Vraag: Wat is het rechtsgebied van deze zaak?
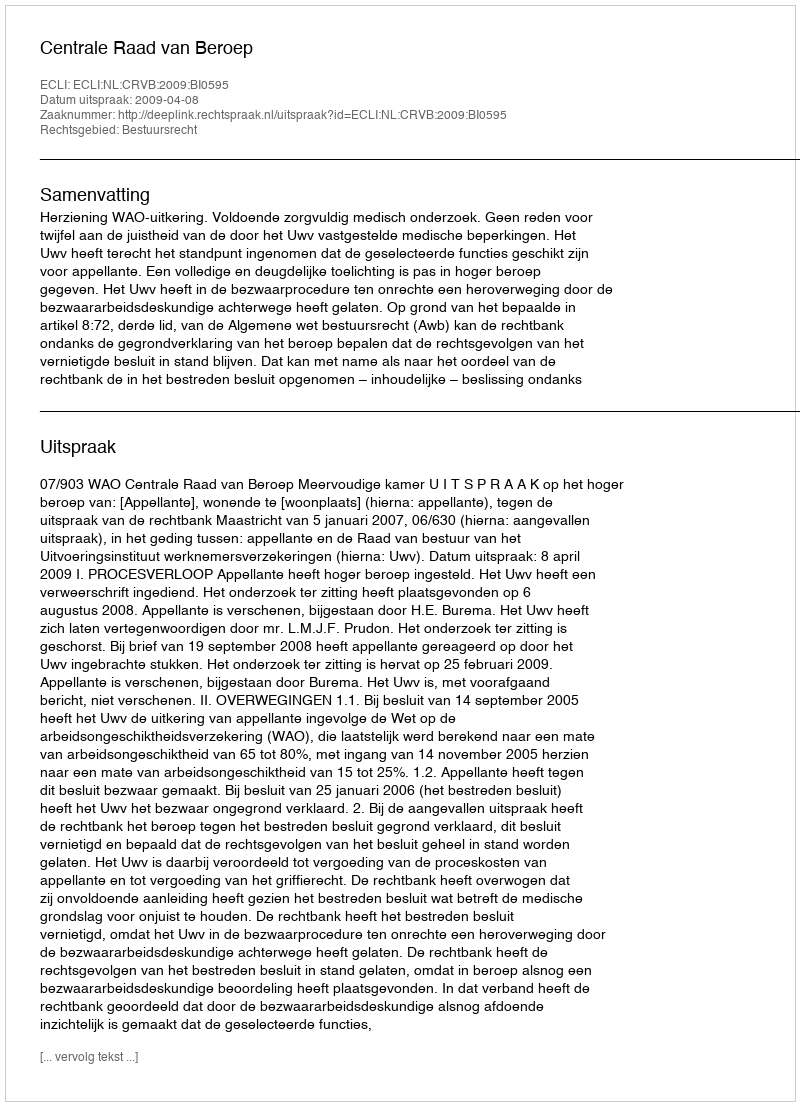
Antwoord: Bestuursrecht